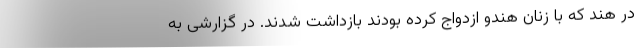
در هند که با زنان هندو ازدواج کرده بودند بازداشت شدند. در گزارشی به